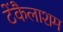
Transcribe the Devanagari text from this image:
टेंकैलाशम